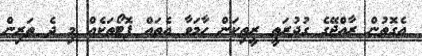
އެގޮތުން ރާއްޖޭގެ ގުދުރަތީ ރީތިކަން ހާމަވާ އެތައް ފޮޓޯތަކެއް މި ދެ ތަރިން